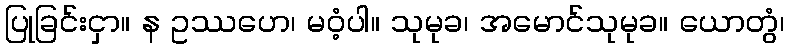
ပြုခြင်းငှာ။ န ဥဿဟေ၊ မဝံ့ပါ။ သုမုခ၊ အမောင်သုမုခ။ ယောတွံ၊